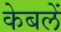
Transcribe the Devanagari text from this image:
केबलें